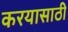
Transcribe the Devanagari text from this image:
करयासाठी